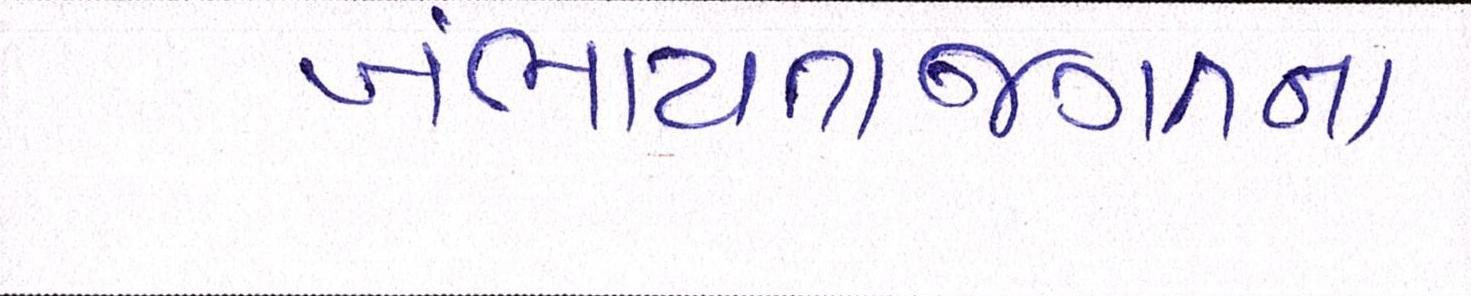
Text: ખંભાયતાજગતના